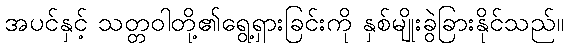
အပင်နှင့် သတ္တဝါတို့၏ရွေ့ရှားခြင်းကို နှစ်မျိုးခွဲခြားနိုင်သည်။